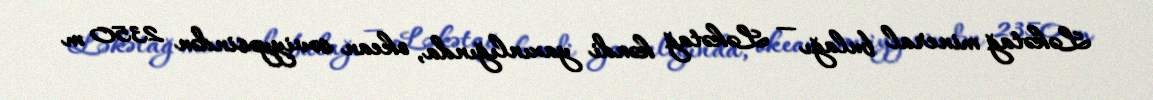
Ləkətağ mineral bulağı — Ləkətağ kəndi yaxınlığında, okean səviyyəsindən 2350 m